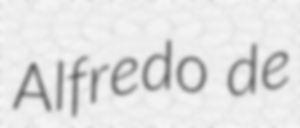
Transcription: Alfredo de